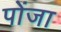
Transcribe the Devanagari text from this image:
पोंजा